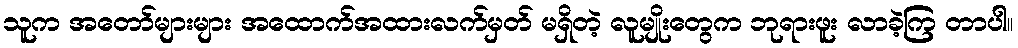
သူက အတော်များများ အထောက်အထားလက်မှတ် မရှိတဲ့ လူမျိုးတွေက ဘုရားဖူး လာခဲ့ကြ တာပါ။